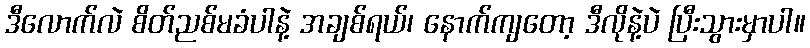
ဒီလောက်လဲ စိတ်ညစ်မခံပါနဲ့ အချစ်ရယ်၊ နောက်ကျတော့ ဒီလိုနဲ့ပဲ ပြီးသွားမှာပါ။